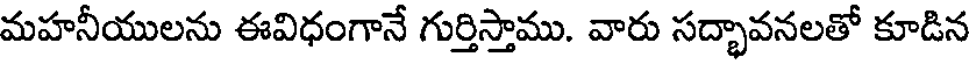
మహనీయులను ఈవిధంగానే గుర్తిస్తాము. వారు సద్భావనలతో కూడిన